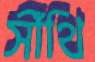
সীঁথি